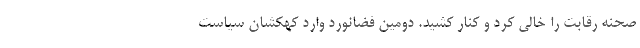
صحنه رقابت را خالی کرد و کنار کشید. دومین فضانورد وارد کهکشان سیاست